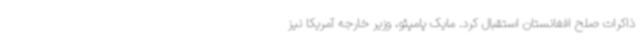
ذاکرات صلح افغانستان استقبال کرد. مایک پامپئو، وزیر خارجه آمریکا نیز